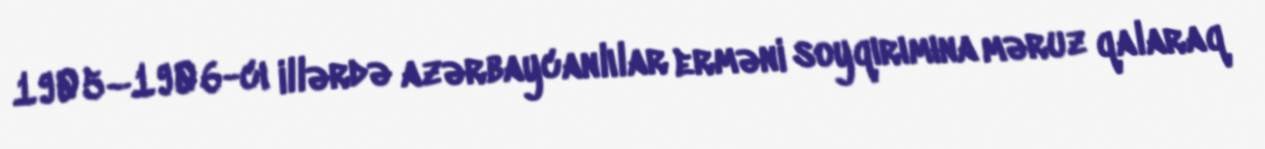
1905–1906-cı illərdə azərbaycanlılar erməni soyqırımına məruz qalaraq